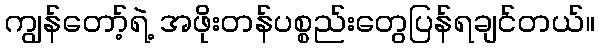
ကျွန်တော့်ရဲ့ အဖိုးတန်ပစ္စည်းတွေပြန်ရချင်တယ်။